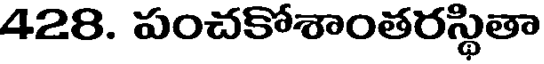
428. పంచకోశాంతరస్థితా